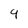
Character: 9